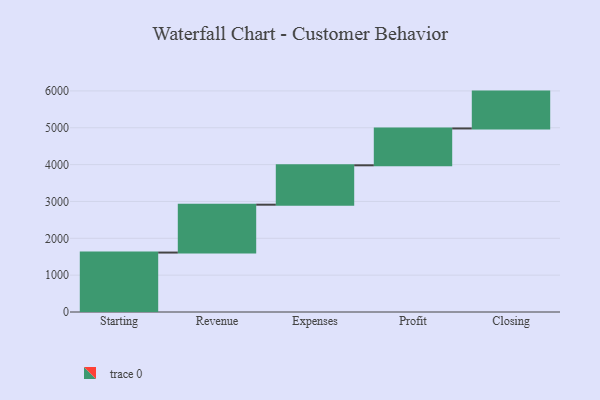
{"axis": {"x": "Step", "y": "Value"}, "legend": [""], "data": [{"x": "Starting", "y": 1613.0, "type": ""}, {"x": "Revenue", "y": 1299.0, "type": ""}, {"x": "Expenses", "y": 1069.0, "type": ""}, {"x": "Profit", "y": 1000, "type": ""}, {"x": "Closing", "y": 1000, "type": ""}]}